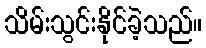
သိမ်းသွင်းနိုင်ခဲ့သည်။